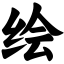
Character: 绘